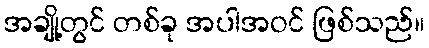
အချို့တွင် တစ်ခု အပါအဝင် ဖြစ်သည်။